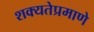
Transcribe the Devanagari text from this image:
शक्यतेप्रमाणे